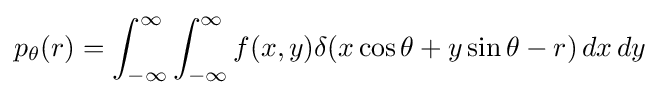
p_{\theta }(r)=\int _{-\infty }^{\infty }\int _{-\infty }^{\infty }f(x,y)\delta (x\cos \theta +y\sin \theta -r)\,dx\,dy